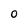
Character: 0